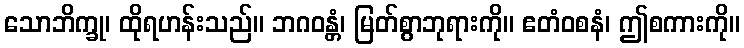
သောဘိက္ခု၊ ထိုရဟန်းသည်။ ဘဂဝန္တံ၊ မြတ်စွာဘုရားကို။ ဧတံဝစနံ၊ ဤစကားကို။